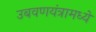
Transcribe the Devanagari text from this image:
उबवणयंत्रामध्ये